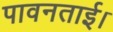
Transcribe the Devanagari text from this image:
पावनताई।